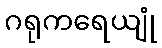
ဂရုကရေယျုံ